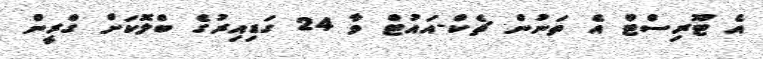
އެ ޓޫރިސްޓް އެ ތަނުން ޗެކް-އައުޓް ވާ 24 ގަޑިއިރުގެ ބްލޮކަށް ގްރީން